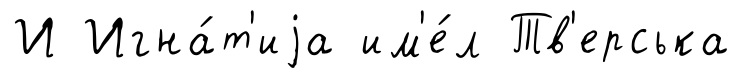
И Игна́т'иjа им'е́л Тв'ерська